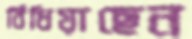
বিঁধিয়াছেন